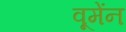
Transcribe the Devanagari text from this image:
वूमेंन